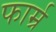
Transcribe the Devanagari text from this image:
फार्म्र